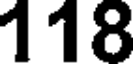
118